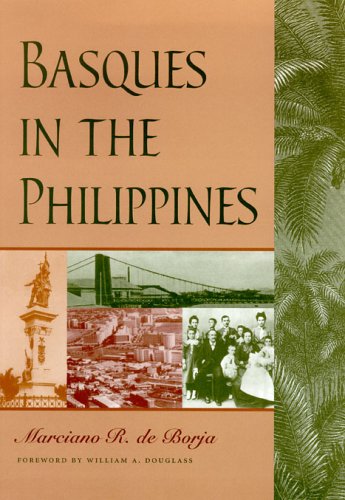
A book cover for Basques In The Philippines (The Basque Series); Marciano R. De Borja; History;